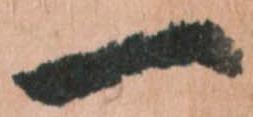
一